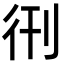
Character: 𫹑